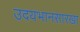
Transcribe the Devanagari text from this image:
उदयभानसारखा